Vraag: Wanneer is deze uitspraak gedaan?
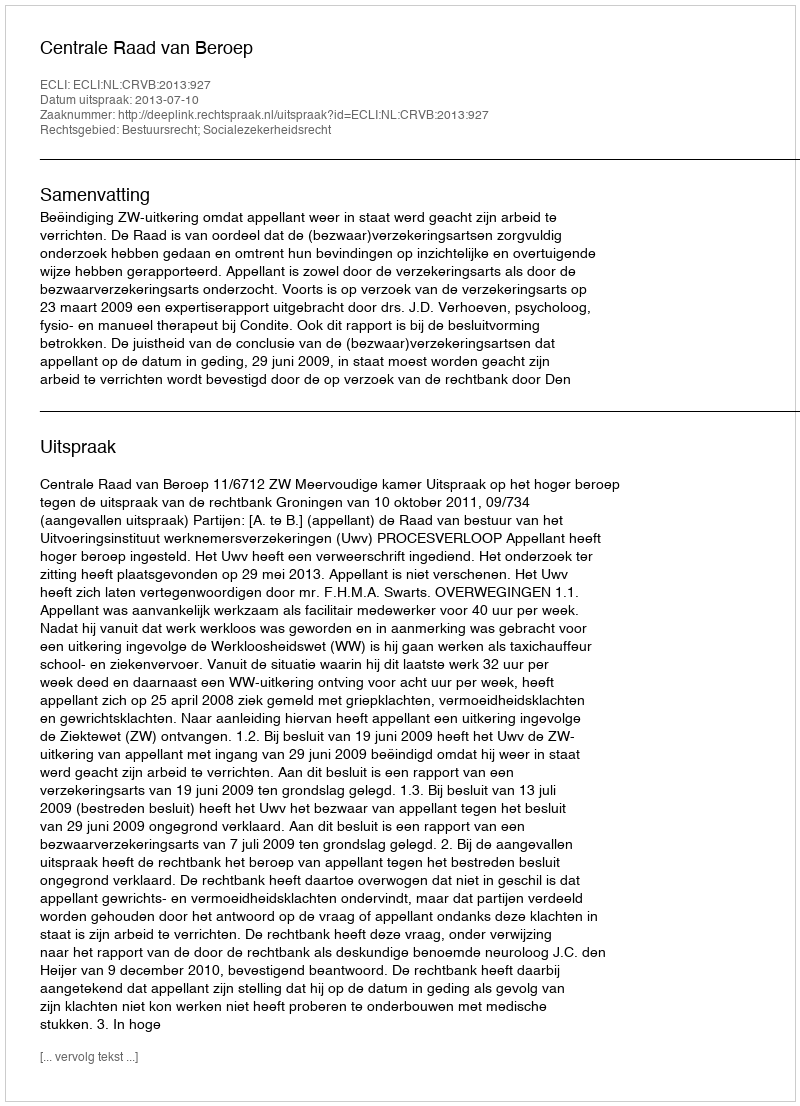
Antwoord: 2013-07-10